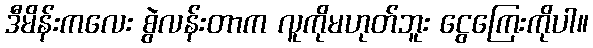
ဒီမိန်းကလေး စွဲလန်းတာက လူကိုမဟုတ်ဘူး ငွေကြေးကိုပါ။